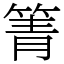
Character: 箐